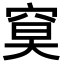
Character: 𥦏